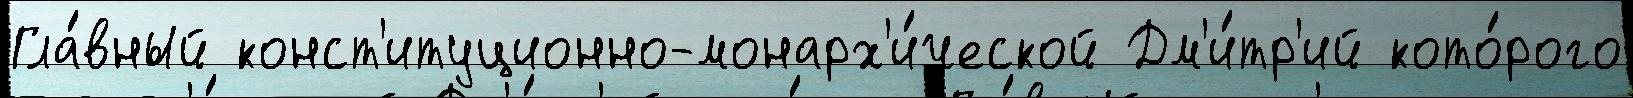
Гла́вный конст'итуционно-монарх'и́ческой Дм'и́тр'ий кото́рого